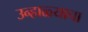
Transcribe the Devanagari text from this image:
उन्हाळ्याचा